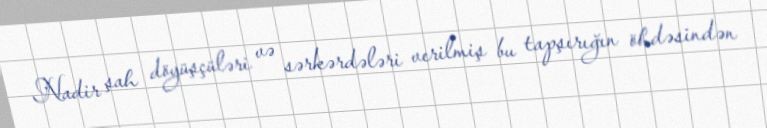
Nadir şah döyüşçüləri və sərkərdələri verilmiş bu tapşırığın öhdəsindən